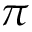
\pi